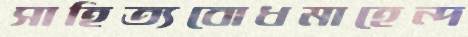
সাহিত্যবোধমাহেন্দ